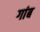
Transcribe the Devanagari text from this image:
गांब